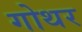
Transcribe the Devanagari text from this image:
गोथर